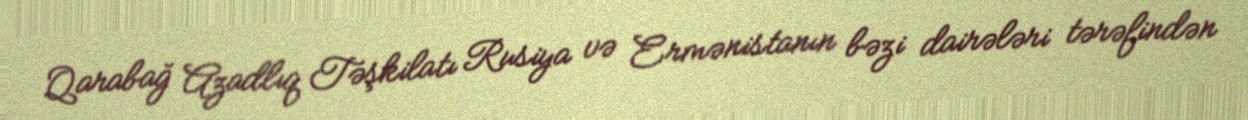
Qarabağ Azadlıq Təşkilatı Rusiya və Ermənistanın bəzi dairələri tərəfindən